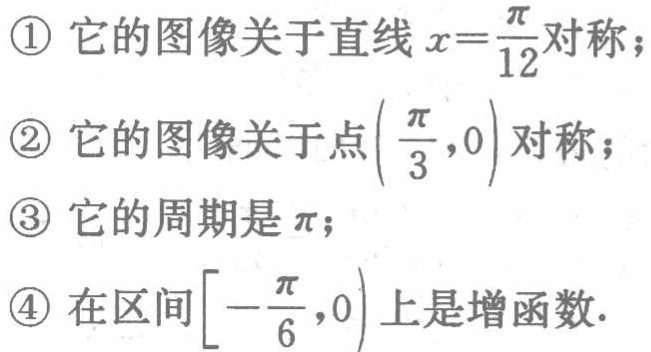
\textcircled{1} 它的图像关于直线 \(x = \frac{\pi}{12}\) 对称；
\textcircled{2} 它的图像关于点\((\frac{\pi}{3},0)\)对称；
\textcircled{3} 它的周期是\(\pi\)；
\textcircled{4} 在区间\([-\frac{\pi}{6},0)\)上是增函数.